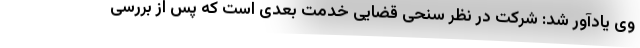
وی یادآور شد: شرکت در نظر سنحی قضایی خدمت بعدی است که پس از بررسی